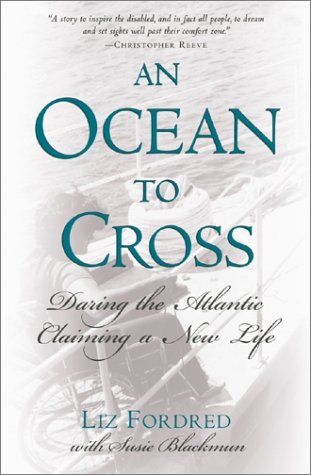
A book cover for An Ocean to Cross: Daring the Atlantic, Claiming a New Life; Liz Fordred; Travel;